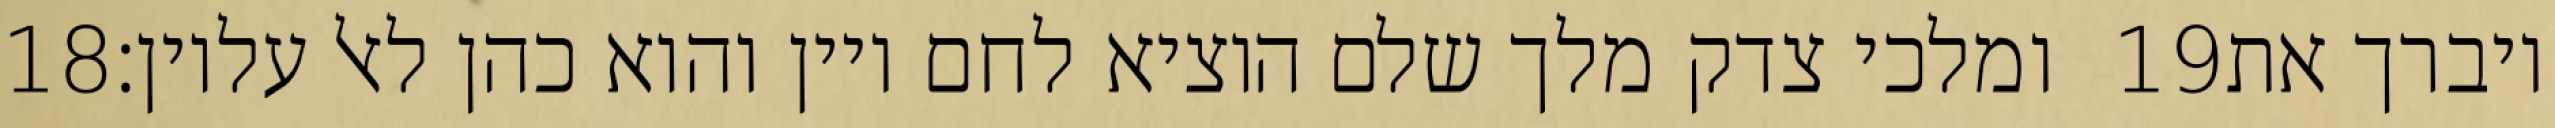
‎18‏ ומלכי צדק מלך שלם הוציא לחם ויין והוא כהן לאל עליון׃ ‎19‏ ויברך את